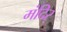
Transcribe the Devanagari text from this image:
मंदिर्